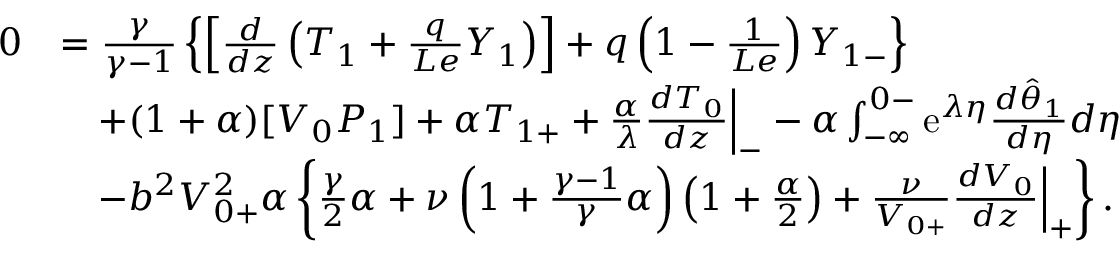
\begin{array} { r l } { 0 } & { = \frac { \gamma } { \gamma - 1 } \left\{ \left[ \frac { d } { d z } \left( T _ { 1 } + \frac { q } { L e } Y _ { 1 } \right) \right] + q \left( 1 - \frac { 1 } { L e } \right) Y _ { 1 - } \right\} } \\ & { \quad + ( 1 + \alpha ) [ V _ { 0 } P _ { 1 } ] + \alpha T _ { 1 + } + \frac { \alpha } { \lambda } \frac { d T _ { 0 } } { d z } \Big | _ { - } - \alpha \int _ { - \infty } ^ { 0 - } \mathrm { e } ^ { \lambda \eta } \frac { d \hat { \theta } _ { 1 } } { d \eta } d \eta } \\ & { \quad - b ^ { 2 } V _ { 0 + } ^ { 2 } \alpha \left\{ \frac { \gamma } { 2 } \alpha + \nu \left( 1 + \frac { \gamma - 1 } { \gamma } \alpha \right) \left( 1 + \frac { \alpha } { 2 } \right) + \frac { \nu } { V _ { 0 + } } \frac { d V _ { 0 } } { d z } \Big | _ { + } \right\} . } \end{array}